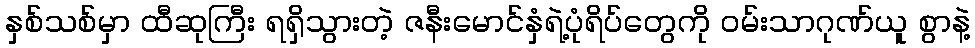
နှစ်သစ်မှာ ထီဆုကြီး ရရှိသွားတဲ့ ဇနီးမောင်နှံရဲ့ပုံရိပ်တွေကို ဝမ်းသာဂုဏ်ယူ စွာနဲ့